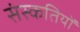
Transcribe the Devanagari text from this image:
संस्कतियों